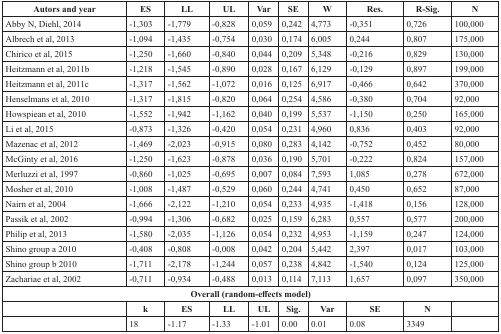
<table><thead><tr><td><b>Autors and year</b></td><td><b>ES</b></td><td><b>LL</b></td><td><b>UL</b></td><td><b>Var</b></td><td><b>SE</b></td><td><b>W</b></td><td><b>Res.</b></td><td><b>R-Sig.</b></td><td><b>N</b></td></tr></thead><tbody><tr><td>Abby N, Diehl, 2014</td><td>−1,303</td><td>−1,779</td><td>−0,828</td><td>0,059</td><td>0,242</td><td>4,773</td><td>−0,351</td><td>0,726</td><td>100,000</td></tr><tr><td>Albrech et al, 2013</td><td>−1,094</td><td>−1,435</td><td>−0,754</td><td>0,030</td><td>0,174</td><td>6,005</td><td>0,244</td><td>0,807</td><td>175,000</td></tr><tr><td>Chirico et al, 2015</td><td>−1,250</td><td>−1,660</td><td>−0,840</td><td>0,044</td><td>0,209</td><td>5,348</td><td>−0,216</td><td>0,829</td><td>130,000</td></tr><tr><td>Heitzmann et al, 2011b</td><td>−1,218</td><td>−1,545</td><td>−0,890</td><td>0,028</td><td>0,167</td><td>6,129</td><td>−0,129</td><td>0,897</td><td>199,000</td></tr><tr><td>Heitzmann et al, 2011c</td><td>−1,317</td><td>−1,562</td><td>−1,072</td><td>0,016</td><td>0,125</td><td>6,917</td><td>−0,466</td><td>0,642</td><td>370,000</td></tr><tr><td>Henselmans et al, 2010</td><td>−1,317</td><td>−1,815</td><td>−0,820</td><td>0,064</td><td>0,254</td><td>4,586</td><td>−0,380</td><td>0,704</td><td>92,000</td></tr><tr><td>Howspiean et al, 2010</td><td>−1,552</td><td>−1,942</td><td>−1,162</td><td>0,040</td><td>0,199</td><td>5,537</td><td>−1,150</td><td>0,250</td><td>165,000</td></tr><tr><td>Li et al, 2015</td><td>−0,873</td><td>−1,326</td><td>−0,420</td><td>0,054</td><td>0,231</td><td>4,960</td><td>0,836</td><td>0,403</td><td>92,000</td></tr><tr><td>Mazenac et al, 2012</td><td>−1,469</td><td>−2,023</td><td>−0,915</td><td>0,080</td><td>0,283</td><td>4,142</td><td>−0,752</td><td>0,452</td><td>80,000</td></tr><tr><td>McGinty et al, 2016</td><td>−1,250</td><td>−1,623</td><td>−0,878</td><td>0,036</td><td>0,190</td><td>5,701</td><td>−0,222</td><td>0,824</td><td>157,000</td></tr><tr><td>Merluzzi et al, 1997</td><td>−0,860</td><td>−1,025</td><td>−0,695</td><td>0,007</td><td>0,084</td><td>7,593</td><td>1,085</td><td>0,278</td><td>672,000</td></tr><tr><td>Mosher et al, 2010</td><td>−1,008</td><td>−1,487</td><td>−0,529</td><td>0,060</td><td>0,244</td><td>4,741</td><td>0,450</td><td>0,652</td><td>87,000</td></tr><tr><td>Nairn et al, 2004</td><td>−1,666</td><td>−2,122</td><td>−1,210</td><td>0,054</td><td>0,233</td><td>4,935</td><td>−1,418</td><td>0,156</td><td>128,000</td></tr><tr><td>Passik et al, 2002</td><td>−0,994</td><td>−1,306</td><td>−0,682</td><td>0,025</td><td>0,159</td><td>6,283</td><td>0,557</td><td>0,577</td><td>200,000</td></tr><tr><td>Philip et al, 2013</td><td>−1,580</td><td>−2,035</td><td>−1,126</td><td>0,054</td><td>0,232</td><td>4,953</td><td>−1,159</td><td>0,247</td><td>124,000</td></tr><tr><td>Shino group a 2010</td><td>−0,408</td><td>−0,808</td><td>−0,008</td><td>0,042</td><td>0,204</td><td>5,442</td><td>2,397</td><td>0,017</td><td>103,000</td></tr><tr><td>Shino group b 2010</td><td>−1,711</td><td>−2,178</td><td>−1,244</td><td>0,057</td><td>0,238</td><td>4,842</td><td>−1,540</td><td>0,124</td><td>125,000</td></tr><tr><td>Zachariae et al, 2002</td><td>−0,711</td><td>−0,934</td><td>−0,488</td><td>0,013</td><td>0,114</td><td>7,113</td><td>1,657</td><td>0,097</td><td>350,000</td></tr><tr><td colspan="10"><b>Overall (random-effects model)</b></td></tr><tr><td></td><td><b>k</b></td><td><b>ES</b></td><td><b>LL</b></td><td><b>UL</b></td><td><b>Sig</b>.</td><td><b>Var</b></td><td><b>SE</b></td><td><b>N</b></td><td></td></tr><tr><td></td><td>18</td><td>−1.17</td><td>−1.33</td><td>−1.01</td><td>0.00</td><td>0.01</td><td>0.08</td><td>3349</td><td></td></tr></tbody></table>